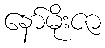
နော်မိုးဇာ